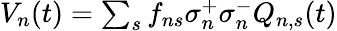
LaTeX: \begin{array}{r}{V_{n}(t)=\sum_{s}f_{ns}\sigma_{n}^{+}\sigma_{n}^{-}Q_{n,s}(t)}\end{array}